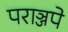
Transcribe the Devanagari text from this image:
पराञ्जपे